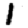
Digit: 1